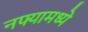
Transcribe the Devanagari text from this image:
नफ्यामध्ये